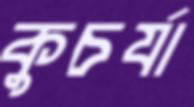
কুচর্যা